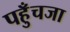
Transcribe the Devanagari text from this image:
पहुँचजा